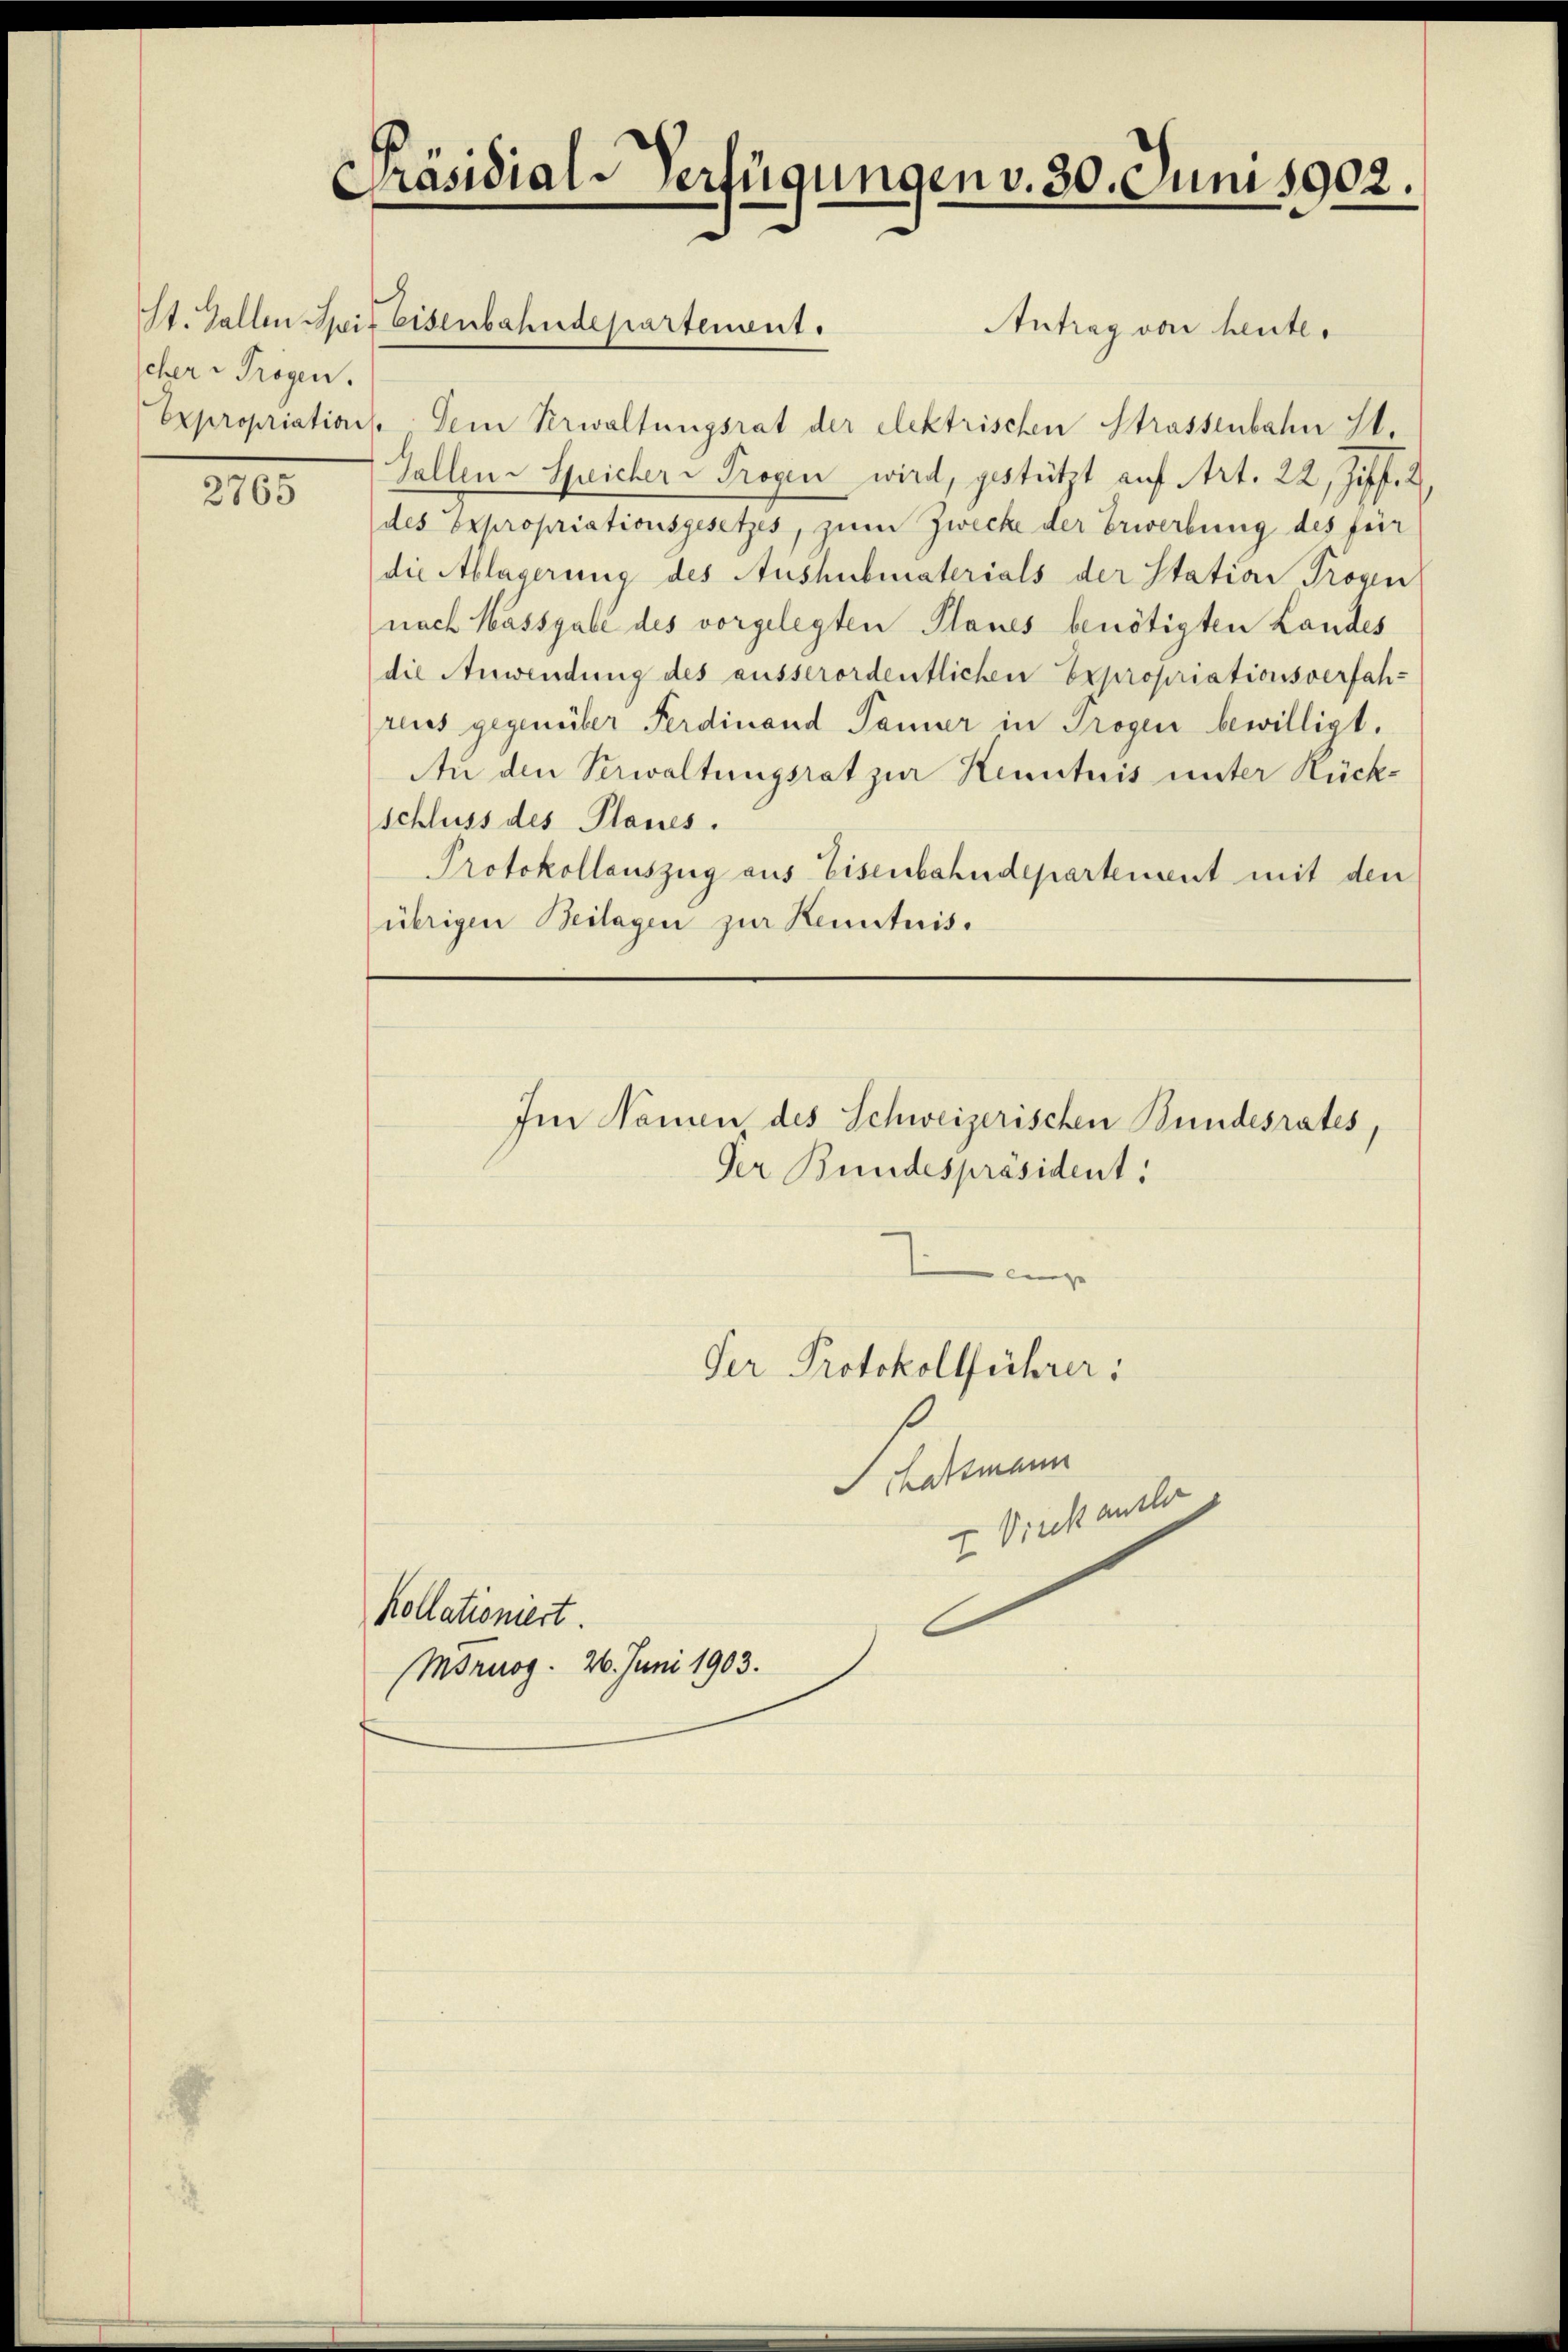
cher Trogen.

2765

Präsidial-Verfügungen v. 30. Juni 1902.

Antrag von heute.
Expropriations. Dein Verwaltungsrat der elektrischen Strassenbahn 11.
Gallen-Speicher - Trogen wird, gestützt auf Art. 22, Ziff. 2.
des Expropriationsgesetzes, zum Zwecke der Erwerbung des für
die Ablagerung des Aushubmaterials der Station Trogen
nach Massgale des vorgelegten Planes benötigten Landes
die Anwendung des ausserordentlichen Expropriationsverfah-
reuss gegenüber Ferdinand Pamer in Trogen bewilligt.
An den Verwaltungsrat zur Kenntnis unter Rückschluss des Planes.
Protokollauszug aus Eisenbahndepartement mit den
übrigen Beilagen zur Kenntnis.

St. Gallen Mit Eisenbahndepartement.

Im Namen, des Schweizerischen Bundesrates,
Der Bundespräsident:

Kollationiert.
Moruog. 26. Juni 1903.

Per Protokollführer:

Bottmann
E. Bricht alle